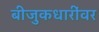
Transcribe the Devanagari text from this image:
बीजुकधारींवर